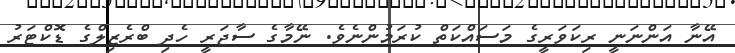
އޭނާ އަންނަނީ ރިކަވަރީގެ މަސައްކަތް ކުރަމުންނެވެ. ނޭމާގެ ސާޖަރީ ހެދި ބްރެޒިލްގެ ޑޮކްޓަރު